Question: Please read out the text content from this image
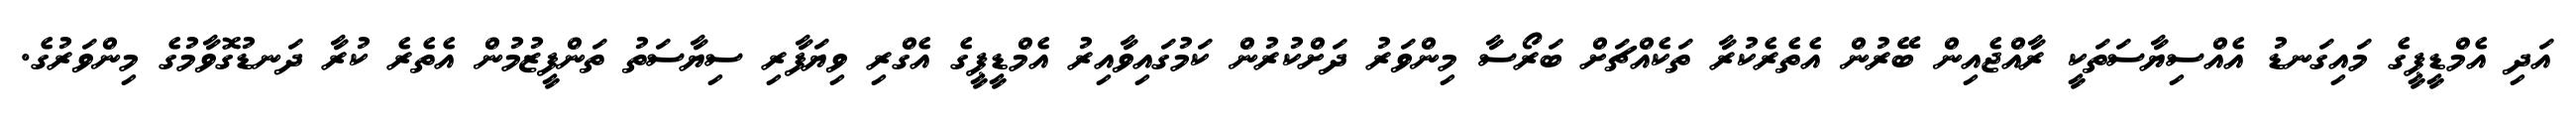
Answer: އަދި އެމްޑީޕީގެ މައިގަނޑު އެއްސިޔާސަތަކީ ރާއްޖެއިން ބޭރުން އެތެރެކުރާ ތަކެއްޗަށް ބަރޯސާ މިންވަރު ދަށްކުރުން ކަމުގައިވާއިރު އެމްޑީޕީގެ އެގްރި ވިޔަފާރި ސިޔާސަތު ތަންފީޒުމުން އެތެރެ ކުރާ ދަނޑުގޮވާމުގެ މިންވަރުގެ.